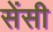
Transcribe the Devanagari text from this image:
सेंसी